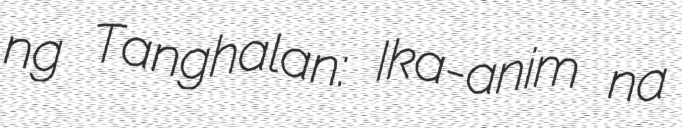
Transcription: ng Tanghalan: Ika-anim na